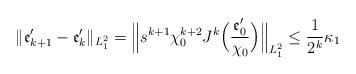
LaTeX: \begin{align*}\|\mathfrak{e}'_{k+1}-\mathfrak{e}'_{k}\|_{L^2_1}=\Big\|s^{k+1}\chi_0^{k+2}J^k\Big(\frac{\mathfrak{e}'_0}{\chi_0}\Big)\Big\|_{L^2_1}\leq \frac{1}{2^{k}}\kappa_1\end{align*}